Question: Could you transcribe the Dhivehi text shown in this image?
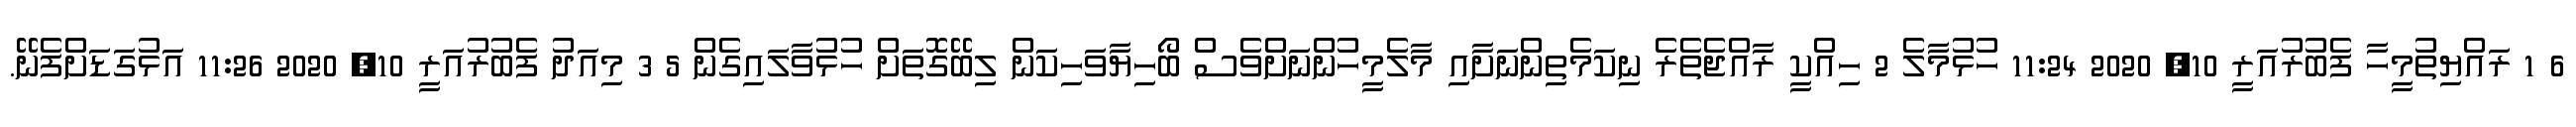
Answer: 6 1 ރައްޔިތުމީހާ ފެބުރުއަރީ 10, 2020 11:24 ހުޅުމާލެ 2 ހިއްކީ ރާއްޖެތެރެ ނިކަމެތިންނަށާއި މާލެމީހުންނަށްވެސް ބޯހިޔާވަހިކަން ލިބޭގޮތަށް ހުޅުވާލައިގެން 5 3 މިއަދު ފެބުރުއަރީ 10, 2020 11:26 އަޅުގަޑަށްފެނޭ.